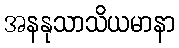
အနနုသာသိယမာနာ